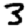
Digit: 3